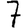
Digit: 7